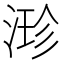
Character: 𣹗